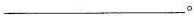
___。